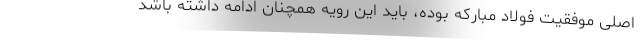
اصلی موفقیت فولاد مبارکه بوده، باید این رویه همچنان ادامه داشته باشد